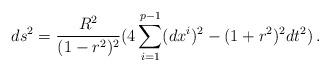
LaTeX: \begin{align*}ds^2 = \frac{R^2}{(1 - r^2)^2}( 4 \sum_{i=1}^{p-1}(dx^i)^2 - (1 + r^2)^2 dt^2)\, .\end{align*}